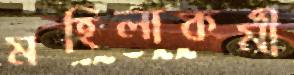
মহিলাকর্মী